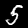
Digit: 5